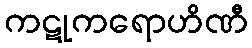
ကဋုကရောဟိဏီ